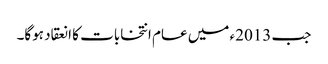
جب 2013ء میں عام انتخابات کا انعقاد ہوگا۔